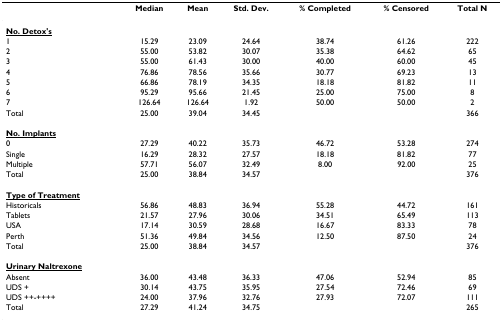
<table><thead><tr><td></td><td><b>Median</b></td><td><b>Mean</b></td><td><b>Std. Dev.</b></td><td><b>% Completed</b></td><td><b>% Censored</b></td><td><b>Total N</b></td></tr></thead><tbody><tr><td><underline><b>No. Detox&#x27;s</b></underline></td><td></td><td></td><td></td><td></td><td></td><td></td></tr><tr><td>1</td><td>15.29</td><td>23.09</td><td>24.64</td><td>38.74</td><td>61.26</td><td>222</td></tr><tr><td>2</td><td>55.00</td><td>53.82</td><td>30.07</td><td>35.38</td><td>64.62</td><td>65</td></tr><tr><td>3</td><td>55.00</td><td>61.43</td><td>30.00</td><td>40.00</td><td>60.00</td><td>45</td></tr><tr><td>4</td><td>76.86</td><td>78.56</td><td>35.66</td><td>30.77</td><td>69.23</td><td>13</td></tr><tr><td>5</td><td>66.86</td><td>78.19</td><td>34.35</td><td>18.18</td><td>81.82</td><td>11</td></tr><tr><td>6</td><td>95.29</td><td>95.66</td><td>21.45</td><td>25.00</td><td>75.00</td><td>8</td></tr><tr><td>7</td><td>126.64</td><td>126.64</td><td>1.92</td><td>50.00</td><td>50.00</td><td>2</td></tr><tr><td>Total</td><td>25.00</td><td>39.04</td><td>34.45</td><td></td><td></td><td>366</td></tr><tr><td><underline><b>No. Implants</b></underline></td><td></td><td></td><td></td><td></td><td></td><td></td></tr><tr><td>0</td><td>27.29</td><td>40.22</td><td>35.73</td><td>46.72</td><td>53.28</td><td>274</td></tr><tr><td>Single</td><td>16.29</td><td>28.32</td><td>27.57</td><td>18.18</td><td>81.82</td><td>77</td></tr><tr><td>Multiple</td><td>57.71</td><td>56.07</td><td>32.49</td><td>8.00</td><td>92.00</td><td>25</td></tr><tr><td>Total</td><td>25.00</td><td>38.84</td><td>34.57</td><td></td><td></td><td>376</td></tr><tr><td><underline><b>Type of Treatment</b></underline></td><td></td><td></td><td></td><td></td><td></td><td></td></tr><tr><td>Historicals</td><td>56.86</td><td>48.83</td><td>36.94</td><td>55.28</td><td>44.72</td><td>161</td></tr><tr><td>Tablets</td><td>21.57</td><td>27.96</td><td>30.06</td><td>34.51</td><td>65.49</td><td>113</td></tr><tr><td>USA</td><td>17.14</td><td>30.59</td><td>28.68</td><td>16.67</td><td>83.33</td><td>78</td></tr><tr><td>Perth</td><td>51.36</td><td>49.84</td><td>34.56</td><td>12.50</td><td>87.50</td><td>24</td></tr><tr><td>Total</td><td>25.00</td><td>38.84</td><td>34.57</td><td></td><td></td><td>376</td></tr><tr><td><underline><b>Urinary Naltrexone</b></underline></td><td></td><td></td><td></td><td></td><td></td><td></td></tr><tr><td>Absent</td><td>36.00</td><td>43.48</td><td>36.33</td><td>47.06</td><td>52.94</td><td>85</td></tr><tr><td>UDS +</td><td>30.14</td><td>43.75</td><td>35.95</td><td>27.54</td><td>72.46</td><td>69</td></tr><tr><td>UDS ++-++++</td><td>24.00</td><td>37.96</td><td>32.76</td><td>27.93</td><td>72.07</td><td>111</td></tr><tr><td>Total</td><td>27.29</td><td>41.24</td><td>34.75</td><td></td><td></td><td>265</td></tr></tbody></table>